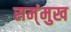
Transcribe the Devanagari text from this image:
सम्ंमुख